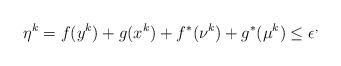
LaTeX: \begin{align*}\eta^k = f(y^k) + g(x^k) + f^*(\nu^k) + g^*(\mu^k) \leq \epsilon^,\end{align*}